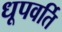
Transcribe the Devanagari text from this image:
धूपवर्ति